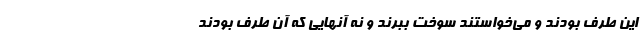
این طرف بودند و می‌خواستند سوخت ببرند و نه آنهایی که آن طرف بودند